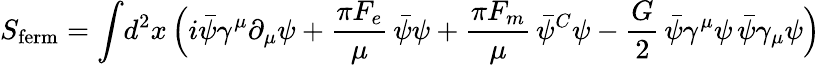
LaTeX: S_{\mathrm{ferm}}=\int\! d^{2}x\, \Bigl(i\bar{\psi}\gamma^{\mu}\partial_{\mu}\psi+{\frac{\pi F_{e}}{\mu}}\, \bar{\psi}\psi+{\frac{\pi F_{m}}{\mu}}\, \bar{\psi}^{C}\psi-{\frac{G}{2}}\, \bar{\psi}\gamma^{\mu}\psi\, \bar{\psi}\gamma_{\mu}\psi\Bigr)